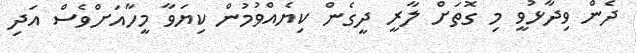
ދެން ވިދާޅުވީ މި ގޮތަށް ލާރީ ދީގެން ކިޔެއްވުމުން ކިޔަވާ މީހާއަށްވެސް އަދި